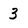
Character: 3